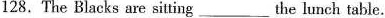
128.The Blacks are sitting _____the lunch table.